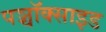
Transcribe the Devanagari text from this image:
पञ्चॉक्साइड